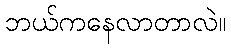
ဘယ်ကနေလာတာလဲ။